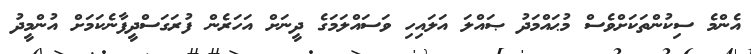
އެންމެ ސިކުންތަކަށްވެސް މުޙައްމަދު ޞައްލަ އަލައިހި ވަސައްލަމަގެ ދީނަށް އަހަރެން ފުރަގަސްދީފާނެކަމަށް އުންމީދު